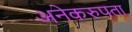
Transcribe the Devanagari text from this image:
अनेकरुपता